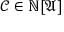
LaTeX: { \mathcal { C } } \in \mathbb { N } [ { \mathfrak { A } } ]